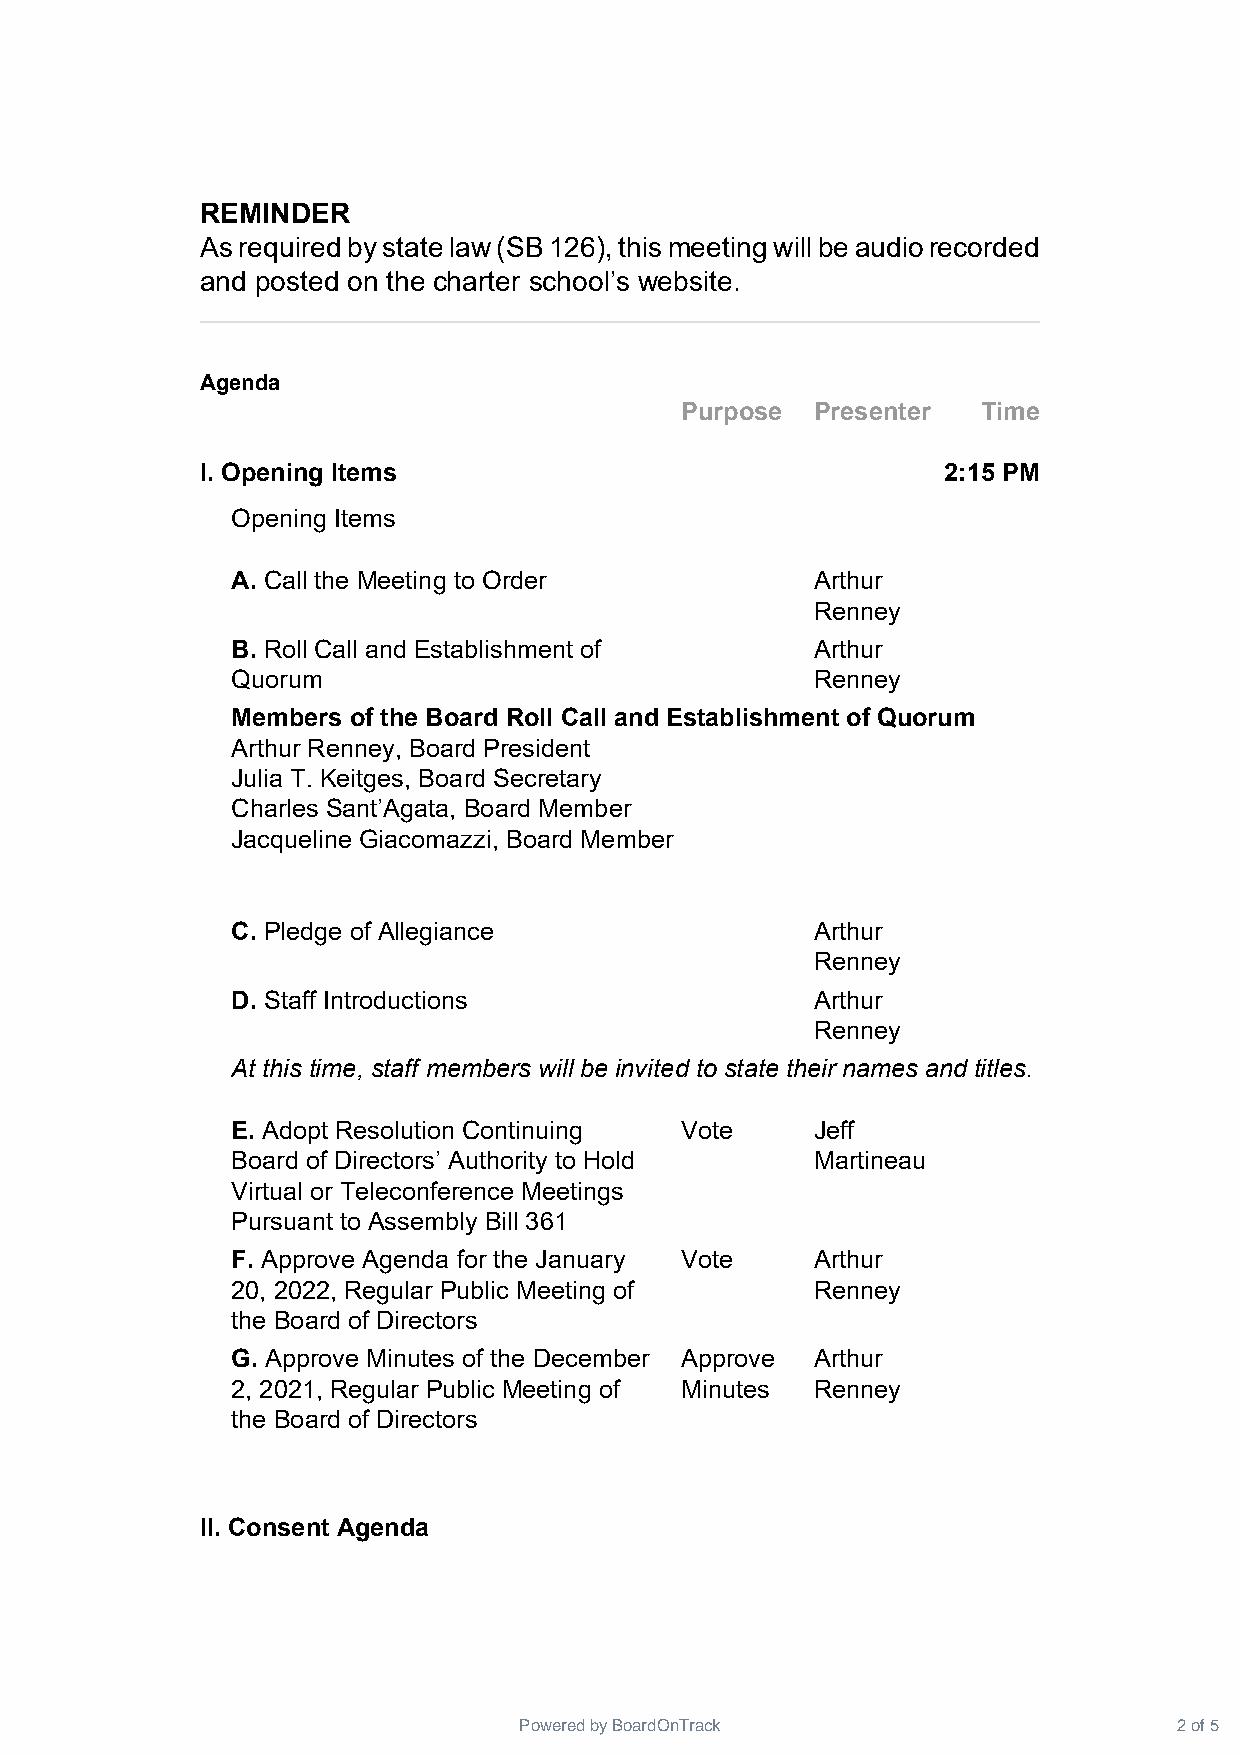
REMINDER
 Asrequiredbystatelaw(SB126),thismeetingwillbeaudiorecorded
 and posted on the charter school’s website.
 Agenda
 Purpose  Presenter  Time
 I. Opening Items                                 2:15 PM
 Opening Items
 A. Call the Meeting to Order           Arthur
 Renney
 B. Roll Call and Establishment of      Arthur
 Quorum                                 Renney
 Members of the Board Roll Call and Establishment of Quorum
 Arthur Renney, Board President
 Julia T. Keitges, Board Secretary
 Charles Sant’Agata, Board Member
 Jacqueline Giacomazzi, Board Member
 C. Pledge of Allegiance                Arthur
 Renney
 D. Staff Introductions                 Arthur
 Renney
 At this time, staff members will be invited to state their names and titles.
 E. Adopt Resolution Continuing Vote    Jeff
 Board of Directors’ Authority to Hold  Martineau
 Virtual or Teleconference Meetings
 Pursuant to Assembly Bill 361
 F. Approve Agenda for the January Vote Arthur
 20, 2022, Regular Public Meeting of    Renney
 the Board of Directors
 G. Approve Minutes of the December Approve Arthur
 2, 2021, Regular Public Meeting of Minutes Renney
 the Board of Directors
 II. Consent Agenda
 Powered by BoardOnTrack                     2 of 5